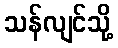
သန်လျင်သို့